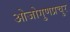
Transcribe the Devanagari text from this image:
ओजोगुणप्रचुर